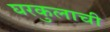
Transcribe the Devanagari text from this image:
घरकुलाची